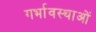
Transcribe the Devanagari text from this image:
गर्भावस्‍थाओं